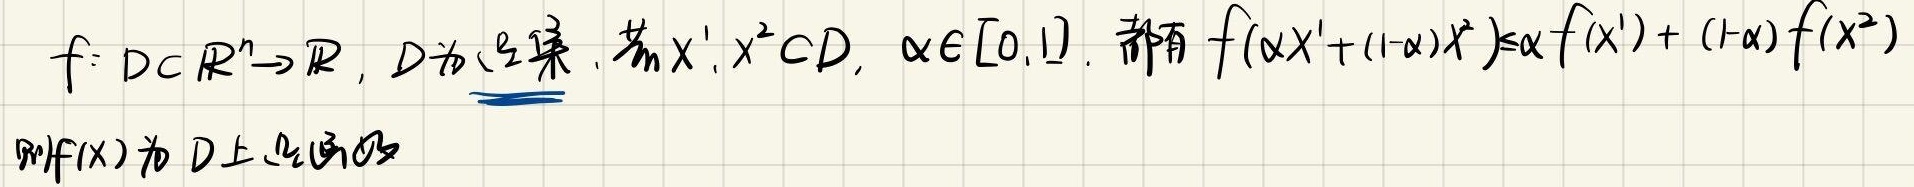
$f: D\subset\mathbb{R}^n\rightarrow\mathbb{R}, D\text{为凸集}.$若$x^1,x^2\in D, \alpha\in[0,1],$都有$f(\alpha x^1+(1 - \alpha)x^2)\leq\alpha f(x^1)+(1 - \alpha)f(x^2)$

则$f(x)$为$D$上凸函数